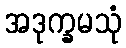
အဒုက္ခမသုံ